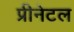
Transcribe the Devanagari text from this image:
प्रीनेटल